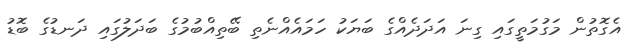
އެގޮތުން މަގުމަތީގައި ގިނަ އަދަދެއްގެ ބަޔަކު ހަމައެއްނެތި ބޭތިއްބުމުގެ ބަދަލުގައި ދަނޑުގެ ބޮޑު